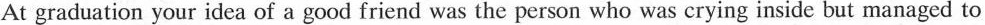
At graduation your idea of a good friend was the person who was crying inside but managed to